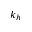
k _ { h }